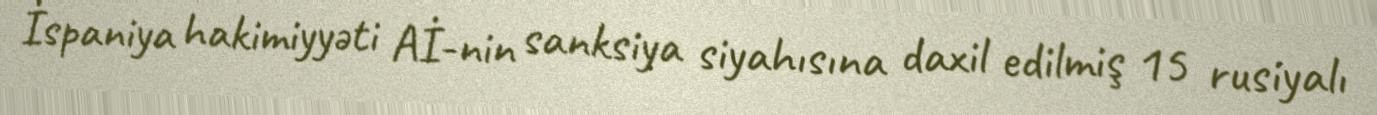
İspaniya hakimiyyəti Aİ-nin sanksiya siyahısına daxil edilmiş 15 rusiyalı